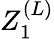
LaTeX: Z_{1}^{(L)}